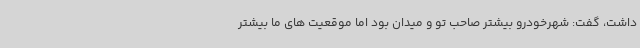
داشت، گفت: شهرخودرو بیشتر صاحب تو و میدان بود اما موقعیت های ما بیشتر